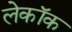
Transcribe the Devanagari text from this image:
लेकॉक